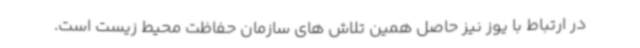
در ارتباط با یوز نیز حاصل همین تلاش های سازمان حفاظت محیط زیست است.